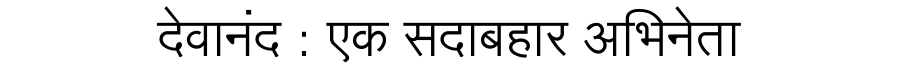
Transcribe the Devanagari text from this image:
देवानंद : एक सदाबहार अभिनेता